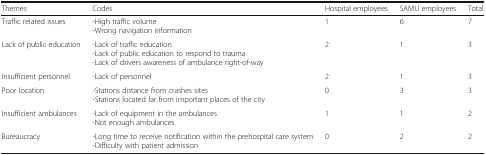
| Themes | Codes | Hospital employees | SAMU employees | Total |
 | --- | --- | --- | --- | --- |
 | Traffic related issues | -High traffic volume-Wrong navigation information | 1 | 6 | 7 |
 | Lack of public education | -Lack of traffic education-Lack of public education to respond to trauma-Lack of drivers awareness of ambulance right-of-way | 2 | 1 | 3 |
 | Insufficient personnel | -Lack of personnel | 2 | 1 | 3 |
 | Poor location | -Stations distance from crashes sites-Stations located far from important places of the city | 0 | 3 | 3 |
 | Insufficient ambulances | -Lack of equipment in the ambulances-Not enough ambulances | 1 | 1 | 2 |
 | Bureaucracy | -Long time to receive notification within the prehospital care system-Difficulty with patient admission | 0 | 2 | 2 |